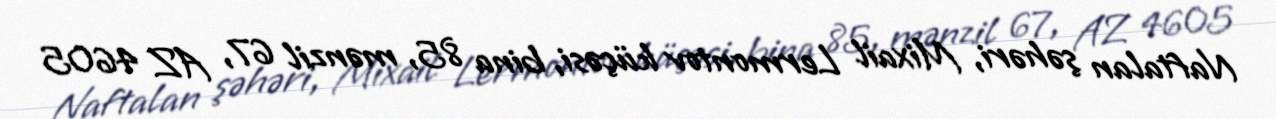
Naftalan şəhəri, Mixail Lermontov küçəsi, bina 85, mənzil 67, AZ 4605